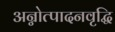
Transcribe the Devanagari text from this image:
अन्नोत्पादनवृद्धि